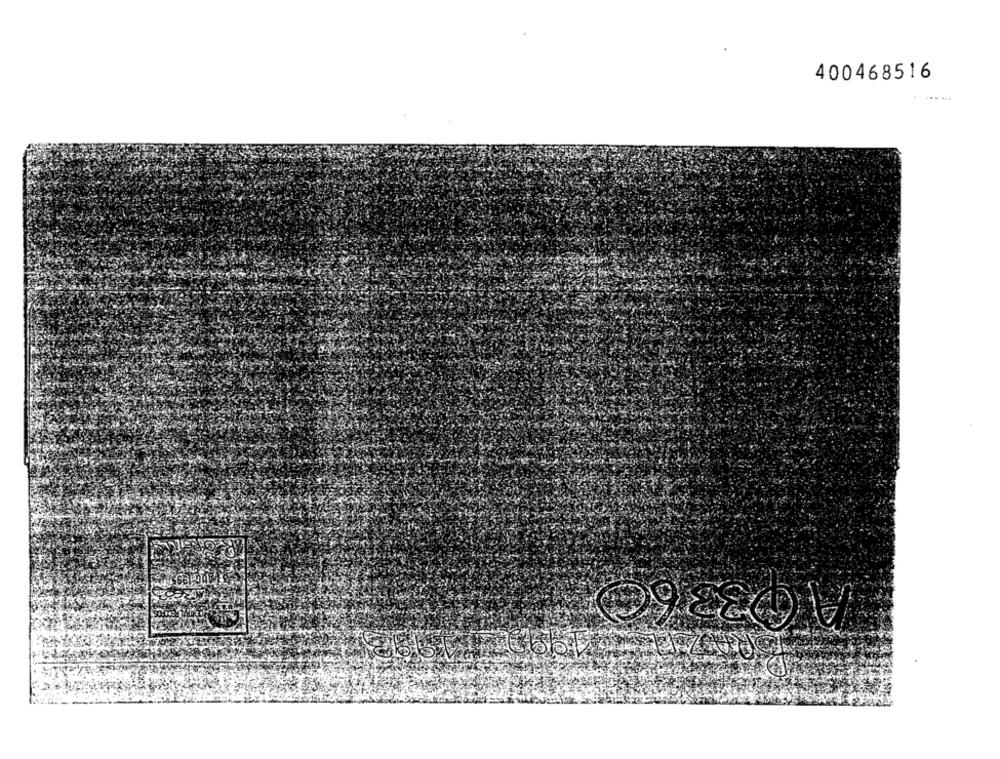
400468516